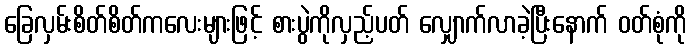
ခြေလှမ်းစိတ်စိတ်ကလေးများဖြင့် စားပွဲကိုလှည့်ပတ် လျှောက်လာခဲ့ပြီးနောက် ဝတ်စုံကို